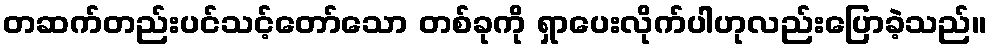
တဆက်တည်းပင်သင့်တော်သော တစ်ခုကို ရှာပေးလိုက်ပါဟုလည်းပြောခဲ့သည်။